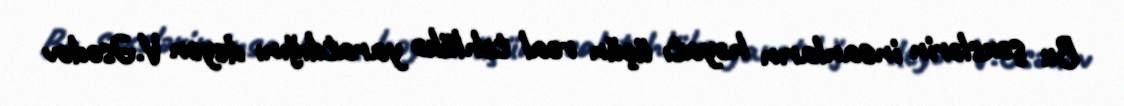
Bu şəxslərin insanların həyatı üçün real təhlükə yaratdığını deyən V.Əsədov